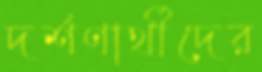
দর্শণার্থীদের